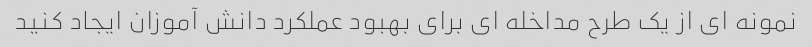
نمونه ای از یک طرح مداخله ای برای بهبود عملکرد دانش آموزان ایجاد کنید